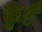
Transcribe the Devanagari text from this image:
कुंएँ